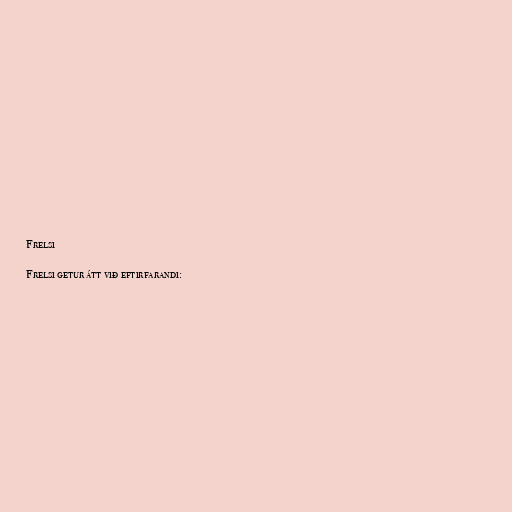
Frelsi

Frelsi getur átt við eftirfarandi: